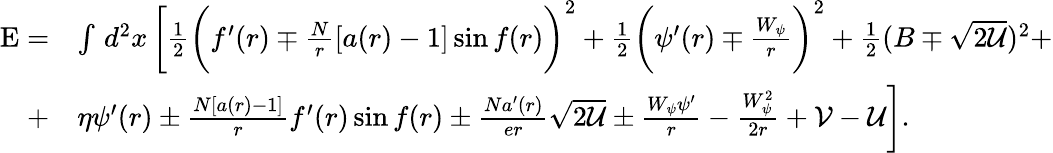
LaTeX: \begin{array}{rl}{\mathrm{E}=}&{\int\, d^{2}x\, \bigg[\frac{1}{2}\bigg(f^{\prime}(r)\mp\frac{N}{r}[a(r)-1]\sin f(r)\bigg)^{2}+\frac{1}{2}\bigg(\psi^{\prime}(r)\mp\frac{W_{\psi}}{r}\bigg)^{2}+\frac{1}{2}(B\mp\sqrt{2\mathcal{U}})^{2}+}\\ {+}&{\eta\psi^{\prime}(r)\pm\frac{N[a(r)-1]}{r}f^{\prime}(r)\sin f(r)\pm\frac{Na^{\prime}(r)}{er}\sqrt{2\mathcal{U}}\pm\frac{W_{\psi}\psi^{\prime}}{r}-\frac{W_{\psi}^{2}}{2r}+\mathcal{V}-\mathcal{U}\bigg].}\end{array}